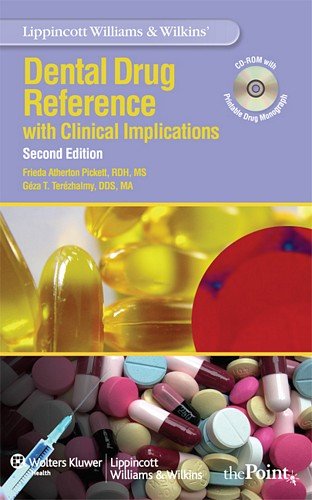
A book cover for Lippincott Williams & Wilkins' Dental Drug Reference: With Clinical Implications; Frieda A. Pickett RDH  MS; Medical Books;